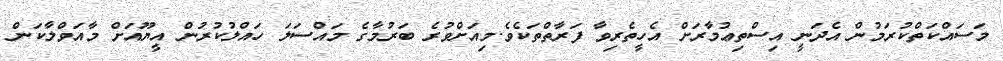
މަސައްކަތްކުރަމުން އެދަނީ އިސްތިޢުމާރަށް އެހީތެރިވާ ފަރާތްތަކެވެ.މިއަށްވުރެ ބަރުމާގެ މައްސަލަ ހައްލުކުރުން އީޔޫއަށް މާއަވްލާކަން